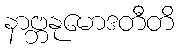
နာဗ္ဘနုမောဒတီတိ